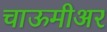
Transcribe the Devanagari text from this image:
चाऊमीअर